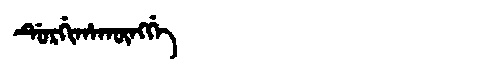
Manchu: ᡩᡠᡵᡤᡳᡥᠠᡴᡡᠩᡤᡝ
Romanization: DURGIHAKŪNGGE